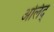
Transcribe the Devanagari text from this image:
अलिंद्